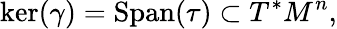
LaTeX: \ker(\gamma)=\mathrm{Span}(\tau)\subset T^{*}M^{n},